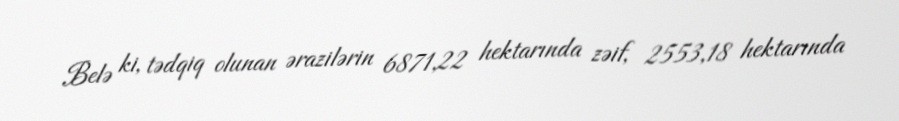
Belə ki, tədqiq olunan ərazilərin 6871,22 hektarında zəif, 2553,18 hektarında